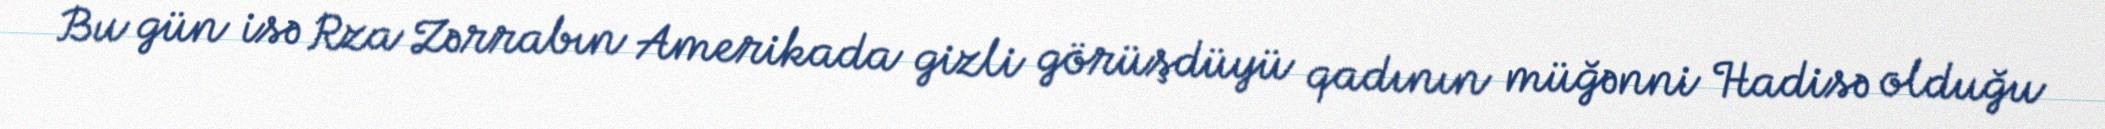
Bu gün isə Rza Zərrabın Amerikada gizli görüşdüyü qadının müğənni Hadisə olduğu